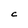
Character: C